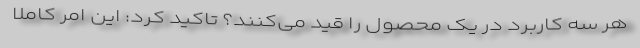
هر سه کاربرد در یک محصول را قید می‌کنند؟ تاکید کرد: این امر کاملا